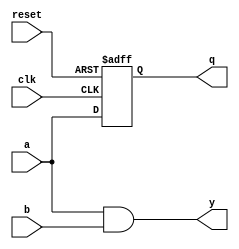
module event_control_example (
    input wire clk,          // Clock signal
    input wire reset,        // Reset signal
    input wire a,           // Input signal A
    input wire b,           // Input signal B
    output reg q,           // Output of the flip-flop
    output reg y            // Output of the combinational logic
);

// Sequential logic: D Flip-Flop using @ (posedge clk)
always @(posedge clk or posedge reset) begin
    if (reset) begin
        q <= 1'b0;          // Reset output to 0
    end else begin
        q <= a;            // Capture input A on rising edge of clock
    end
end

// Combinational logic: Output Y based on inputs A and B
always @(a or b) begin
    y = a & b;             // AND operation between A and B
end

endmodule